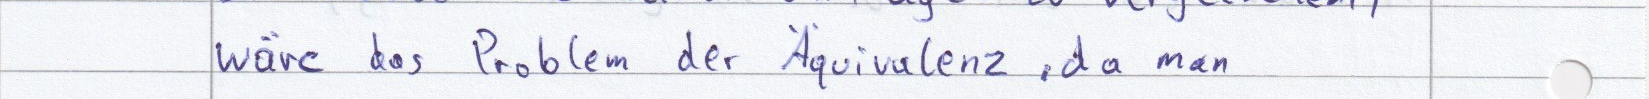
wäre das Problem der Äquivalenz, da man